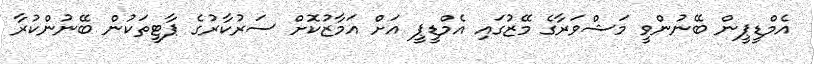
އެމްޑީޕީން ބޭނުންވީ މަޝްވަރާގެ މޭޒުގައި އެމްޑީޕީ އަށް އަމާޒުކޮށް ސަރުކާރުގެ ޕާޓީތަކުން ބޭނުންކުރާ